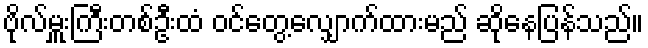
ဗိုလ်မှူးကြီးတစ်ဦးထံ ဝင်တွေ့လျှောက်ထားမည် ဆိုနေပြန်သည်။